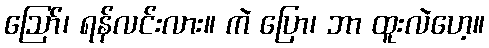
ဪ၊ ရန်လင်းလား။ ကဲ ပြော၊ ဘာ ထူးလဲဟေ့။